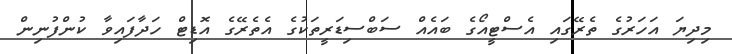
މިދިޔަ އަހަރުގެ ތެރޭގައި އެސްޓީއޯގެ ބައެއް ސަބްސިޑަރީތަކުގެ އެތެރޭގެ އޮޑިޓް ހަދާފައިވާ ކުންފުނިން